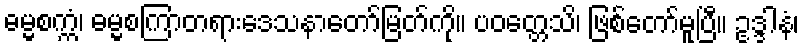
ဓမ္မစက္ကံ၊ ဓမ္မစကြာတရားဒေသနာတော်မြတ်ကို။ ပဝတ္တေသိ၊ ဖြစ်တော်မူပြီ။ ဥဒ္ဒါနံ၊